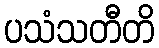
ပသံသတီတိ